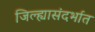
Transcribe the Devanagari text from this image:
जिल्ह्यासंदर्भात